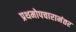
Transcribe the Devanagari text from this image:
प्रथमोपचारानंतर